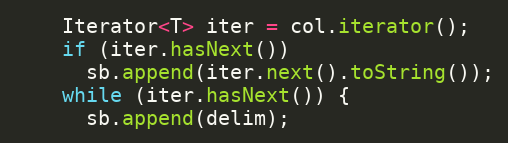
Language: Java
    Iterator<T> iter = col.iterator();
    if (iter.hasNext())
      sb.append(iter.next().toString());
    while (iter.hasNext()) {
      sb.append(delim);